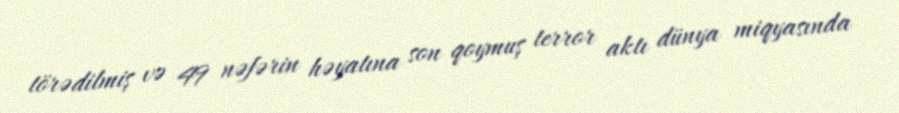
törədilmiş və 49 nəfərin həyatına son qoymuş terror aktı dünya miqyasında